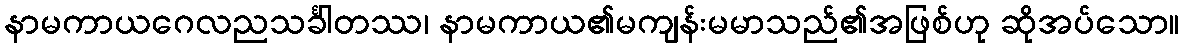
နာမကာယဂေလညသင်္ခါတဿ၊ နာမကာယ၏မကျန်းမမာသည်၏အဖြစ်ဟု ဆိုအပ်သော။